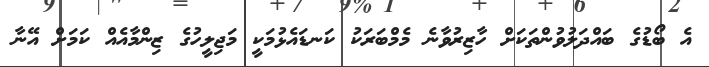
އެ ބޯޑުގެ ބައްދަލުވުންތަކަށް ހާޒިރުވާނެ މެމްބަރަކު ކަނޑައެޅުމަކީ މަޖިލީހުގެ ޒިންމާއެއް ކަމަށް އޭނާ